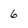
Character: 6